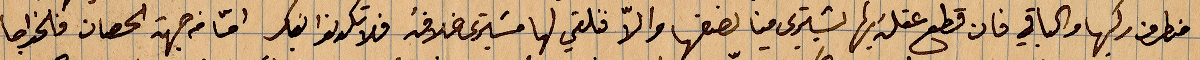
.... ركبها والياقي فان قطع عقله بها يشتري منا يضعها والا فنلقي لها ... خلافه فلا تكونوا الفكر اما من جهة الحصان فلخواجا